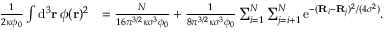
\begin{array} { r l } { \frac { 1 } { 2 \kappa \phi _ { 0 } } \int \mathrm { d } ^ { 3 } \mathbf { r } \, \phi ( \mathbf { r } ) ^ { 2 } } & { = \frac { N } { 1 6 \pi ^ { 3 / 2 } \kappa \sigma ^ { 3 } \phi _ { 0 } } + \frac { 1 } { 8 \pi ^ { 3 / 2 } \kappa \sigma ^ { 3 } \phi _ { 0 } } \sum _ { i = 1 } ^ { N } \sum _ { j = i + 1 } ^ { N } \mathrm { e } ^ { - ( \mathbf { R } _ { i } - \mathbf { R } _ { j } ) ^ { 2 } / ( 4 \sigma ^ { 2 } ) } . } \end{array}